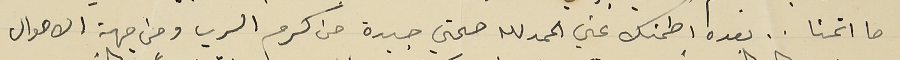
ما اتمنا . . بعده اطمنك عني الحمدلله صحتي جيدة من كرم الرب ومن جهة الاحوال